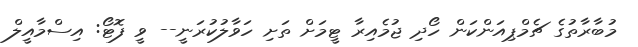
މުބާރާތުގެ ޗެމްޕިއަންކަން ހޯދި ޖުމެއިރާ ޓީމަށް ތަށި ހަވާލުކުރަނީ-- ވީ ފޮޓޯ: އިސްމާއީލް